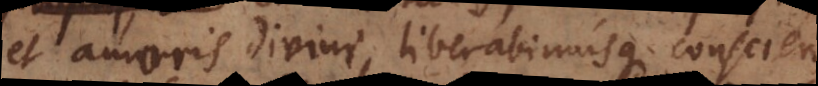
et amoris divini, liberabimusque conscien